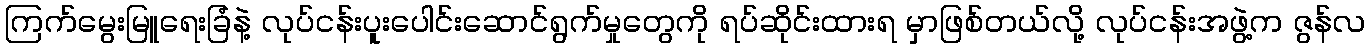
ကြက်မွေးမြူရေးခြံနဲ့ လုပ်ငန်းပူးပေါင်းဆောင်ရွက်မှုတွေကို ရပ်ဆိုင်းထားရ မှာဖြစ်တယ်လို့ လုပ်ငန်းအဖွဲ့က ဇွန်လ